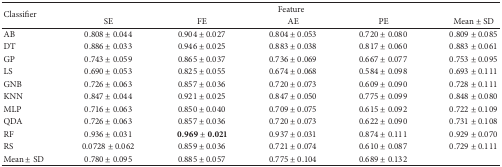
| <ROWSPAN=2> Classifier | <COLSPAN=5> Feature |
 | SE | FE | AE | PE | Mean ± SD |
 | --- | --- | --- | --- | --- | --- |
 | AB | 0.808 ± 0.044 | 0.904 ± 0.027 | 0.804 ± 0.053 | 0.720 ± 0.080 | 0.809 ± 0.085 |
 | DT | 0.886 ± 0.033 | 0.946 ± 0.025 | 0.883 ± 0.038 | 0.817 ± 0.060 | 0.883 ± 0.061 |
 | GP | 0.743 ± 0.059 | 0.865 ± 0.037 | 0.736 ± 0.069 | 0.667 ± 0.077 | 0.753 ± 0.095 |
 | LS | 0.690 ± 0.053 | 0.825 ± 0.055 | 0.674 ± 0.068 | 0.584 ± 0.098 | 0.693 ± 0.111 |
 | GNB | 0.726 ± 0.063 | 0.857 ± 0.036 | 0.720 ± 0.073 | 0.609 ± 0.090 | 0.728 ± 0.111 |
 | KNN | 0.847 ± 0.044 | 0.921 ± 0.025 | 0.847 ± 0.050 | 0.775 ± 0.099 | 0.848 ± 0.080 |
 | MLP | 0.716 ± 0.063 | 0.850 ± 0.040 | 0.709 ± 0.075 | 0.615 ± 0.092 | 0.722 ± 0.109 |
 | QDA | 0.726 ± 0.063 | 0.857 ± 0.036 | 0.720 ± 0.073 | 0.622 ± 0.090 | 0.731 ± 0.108 |
 | RF | 0.936 ± 0.031 | 0.969 ± 0.021 | 0.937 ± 0.031 | 0.874 ± 0.111 | 0.929 ± 0.070 |
 | RS | 0.0728 ± 0.062 | 0.859 ± 0.036 | 0.721 ± 0.074 | 0.610 ± 0.087 | 0.729 ± 0.111 |
 | Mean ± SD | 0.780 ± 0.095 | 0.885 ± 0.057 | 0.775 ± 0.104 | 0.689 ± 0.132 |  |